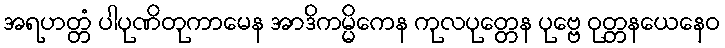
အရဟတ္တံ ပါပုဏိတုကာမေန အာဒိကမ္မိကေန ကုလပုတ္တေန ပုဗ္ဗေ ဝုတ္တနယေနေဝ